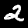
Label: 2